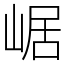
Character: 崌